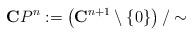
LaTeX: \begin{align*}\mathbf{C}P^n:=\left(\mathbf{C}^{n+1}\setminus\{0\}\right)/ \sim\end{align*}